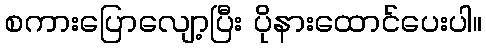
စကားပြောလျော့ပြီး ပိုနားထောင်ပေးပါ။